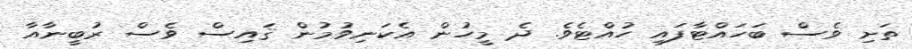
ތަށި ވެސް ބަހައްޓާފައި ހުއްޓެވެ. ދެ މީހުން އެކަނިވުމުން ޤައިސް ވެސް ރުބީނާއާ